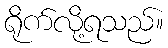
ရိုက်လို့ရသည်။